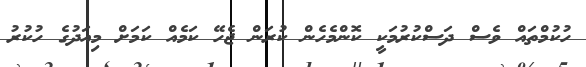
ހުކުމްތައް ވެސް ދަސްކުރުމަކީ ކޮންމެހެން ކުރަން ޖެހޭ ކަމެއް ކަމަށް މިއަދުގެ ހުކުރު